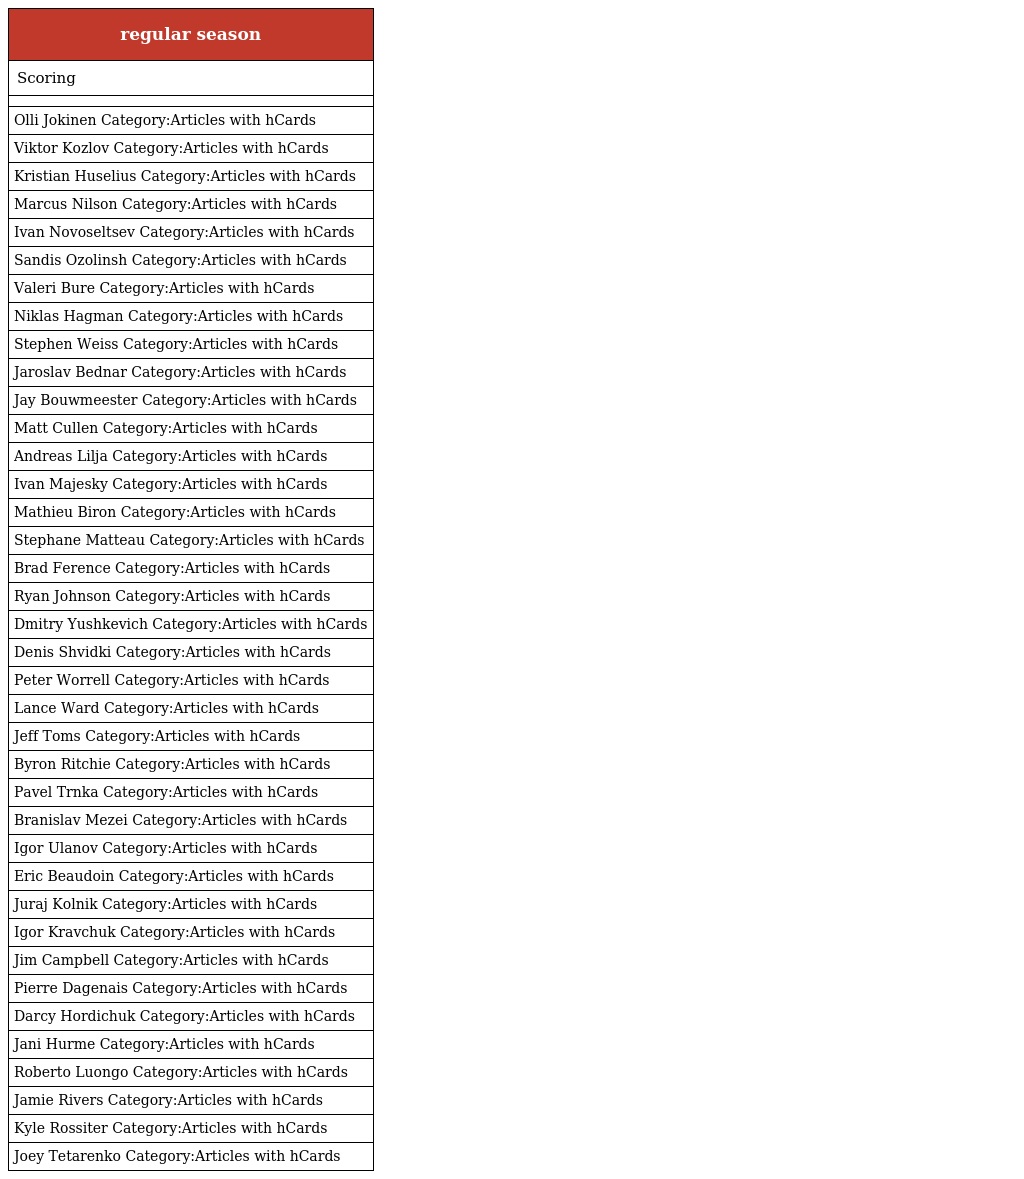
| regular season |
 | --- |
 | Scoring |
 |  |
 | Olli Jokinen Category:Articles with hCards |
 | Viktor Kozlov Category:Articles with hCards |
 | Kristian Huselius Category:Articles with hCards |
 | Marcus Nilson Category:Articles with hCards |
 | Ivan Novoseltsev Category:Articles with hCards |
 | Sandis Ozolinsh Category:Articles with hCards |
 | Valeri Bure Category:Articles with hCards |
 | Niklas Hagman Category:Articles with hCards |
 | Stephen Weiss Category:Articles with hCards |
 | Jaroslav Bednar Category:Articles with hCards |
 | Jay Bouwmeester Category:Articles with hCards |
 | Matt Cullen Category:Articles with hCards |
 | Andreas Lilja Category:Articles with hCards |
 | Ivan Majesky Category:Articles with hCards |
 | Mathieu Biron Category:Articles with hCards |
 | Stephane Matteau Category:Articles with hCards |
 | Brad Ference Category:Articles with hCards |
 | Ryan Johnson Category:Articles with hCards |
 | Dmitry Yushkevich Category:Articles with hCards |
 | Denis Shvidki Category:Articles with hCards |
 | Peter Worrell Category:Articles with hCards |
 | Lance Ward Category:Articles with hCards |
 | Jeff Toms Category:Articles with hCards |
 | Byron Ritchie Category:Articles with hCards |
 | Pavel Trnka Category:Articles with hCards |
 | Branislav Mezei Category:Articles with hCards |
 | Igor Ulanov Category:Articles with hCards |
 | Eric Beaudoin Category:Articles with hCards |
 | Juraj Kolnik Category:Articles with hCards |
 | Igor Kravchuk Category:Articles with hCards |
 | Jim Campbell Category:Articles with hCards |
 | Pierre Dagenais Category:Articles with hCards |
 | Darcy Hordichuk Category:Articles with hCards |
 | Jani Hurme Category:Articles with hCards |
 | Roberto Luongo Category:Articles with hCards |
 | Jamie Rivers Category:Articles with hCards |
 | Kyle Rossiter Category:Articles with hCards |
 | Joey Tetarenko Category:Articles with hCards |